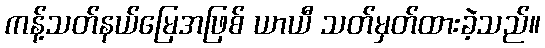
ကန့်သတ်နယ်မြေအဖြစ် ယာယီ သတ်မှတ်ထားခဲ့သည်။